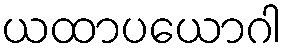
ယထာပယောဂါ